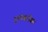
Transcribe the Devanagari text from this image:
ट्रम्पबरोबर